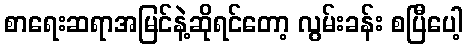
စာရေးဆရာအမြင်နဲ့ဆိုရင်တော့ လွမ်းခန်း စပြီပေါ့